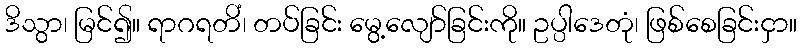
ဒိသွာ၊ မြင်၍။ ရာဂရတိံ၊ တပ်ခြင်း မွေ့လျော်ခြင်းကို။ ဥပ္ပါဒေတုံ၊ ဖြစ်စေခြင်းငှာ။